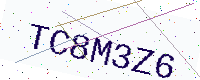
Text: TC8M3Z6